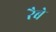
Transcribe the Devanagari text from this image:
रैबे